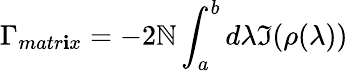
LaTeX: \Gamma_{matr\mathbf{i}x}=-2\mathbb{N}\int_{a}^{b}d\lambda\Im(\rho(\lambda))